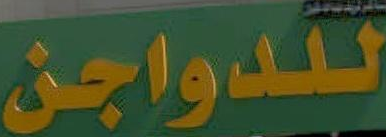
للدواجن